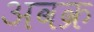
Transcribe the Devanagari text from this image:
अवक्र